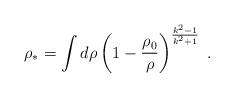
LaTeX: \begin{align*}\rho_* = \int d \rho\left( 1 - \frac{\rho_0}{\rho} \right)^{\frac{k^2 - 1}{k^2 + 1}} \; .\end{align*}